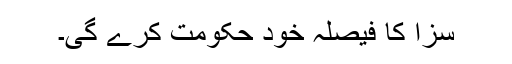
سزا کا فیصلہ خود حکومت کرے گی۔